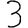
Digit: 3